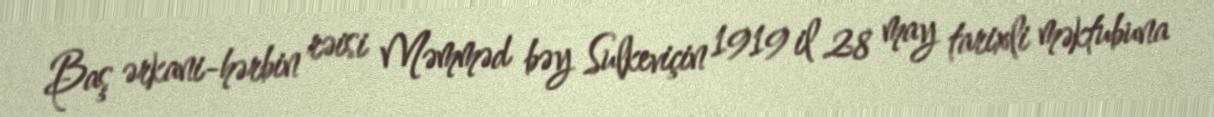
Baş ərkani-hərbin rəisi Məmməd bəy Sulkeviçin 1919 il 28 may tarixli məktubuna